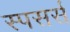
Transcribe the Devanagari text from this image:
स्पसर्स